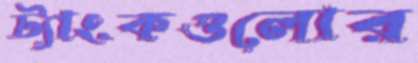
ট্যাংকগুলোর